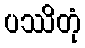
ပဿိတုံ